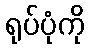
ရုပ်ပုံကို